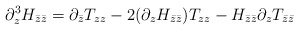
\begin{align*}\partial_{z}^{3}H_{\bar z\bar z}=\partial_{\bar z} T_{zz}-2(\partial_{z}H_{\bar z\bar z})T_{zz} -H_{\bar z\bar z}\partial_{z}T_{\bar z\bar z} \end{align*}